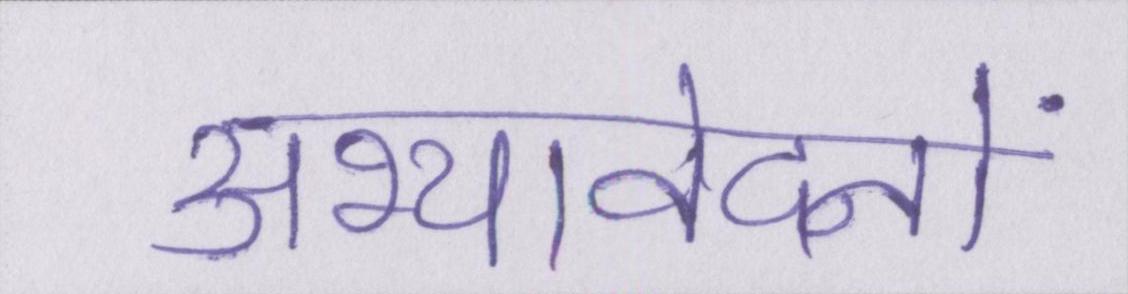
अभ्यावेदनों